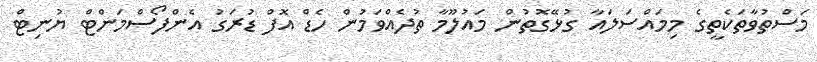
މަސްތުވާތަކެތީގެ މިމައްސަލައާ ގުޅޭގޮތުން މައުލޫމާ ތުދެއްވަމުން ހެޑް އޮފް ޑުރަގު އެންފޯސްމަންޓް ޔުނިޓް